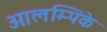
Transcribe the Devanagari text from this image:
ओलम्पिके